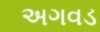
અગવડ